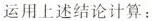
运用上述结论计算：